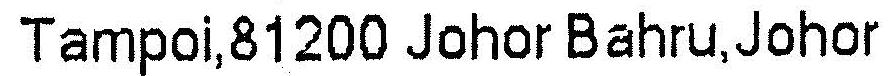
TAMPOI,81200 JOHOR BAHRU,JOHOR